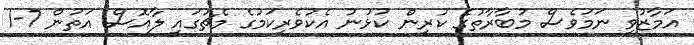
އަމާޒުވި ނަމަވެސް މުބާރާތުގެ ކުރިން ކުޅުނު އެކުވެރިކަމުގެ މެޗުގައި ލާއޮސް އަތުން 7-1